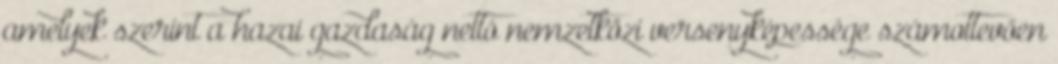
amelyek szerint a hazai gazdaság nettó nemzetközi versenyképessége számottevően